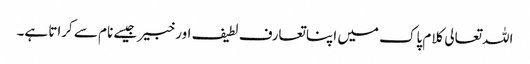
اللہ تعالی کلام پاک میں اپنا تعارف لطیف اور خبیر جیسے نام سے کراتا ہے۔